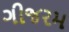
ગીજરમ